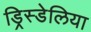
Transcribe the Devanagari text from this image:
ड्रिस्डेलिया